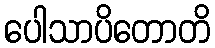
ပေါသာပိတောတိ